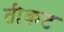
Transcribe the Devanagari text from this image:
तीकट